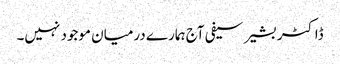
ڈاکٹر بشیر سیفی آج ہمارے درمیان موجود نہیں۔